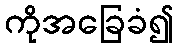
ကိုအခြေခံ၍